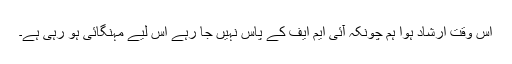
اس وقت ارشاد ہوا ہم چونکہ آئی ایم ایف کے پاس نہیں جا رہے اس لیے مہنگائی ہو رہی ہے۔